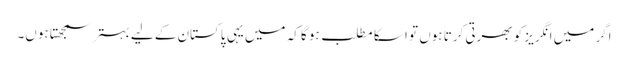
اگر میں انگریز کو بھرتی کرتا ہوں تو ا سکا مطلب ہو گا کہ میں یہی پاکستان کے لیے بہتر سمجھتا ہوں۔